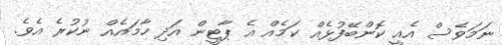
ނަމަވެސް އެއީ ކޮންބޭފުޅެއް ކަމެއް އެ ޕާޓީން އަދި ހާމައެއް ނުކުރެ އެވެ.